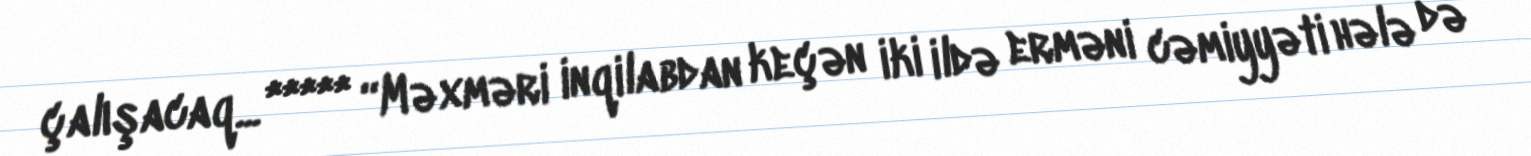
çalışacaq... ***** “Məxməri inqilabdan keçən iki ildə erməni cəmiyyəti hələ də